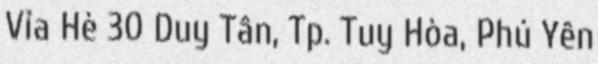
Vỉa Hè 30 Duy Tân, Tp. Tuy Hòa, Phú Yên